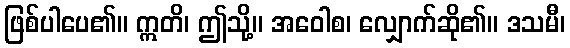
ဖြစ်ပါပေ၏။ ဣတိ၊ ဤသို့။ အဝေါစ၊ လျှောက်ဆို၏။ ဒသမီ၊